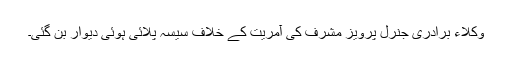
وکلاء برادری جنرل پرویز مشرف کی آمریت کے خلاف سیسہ پلائی ہوئی دیوار بن گئی۔